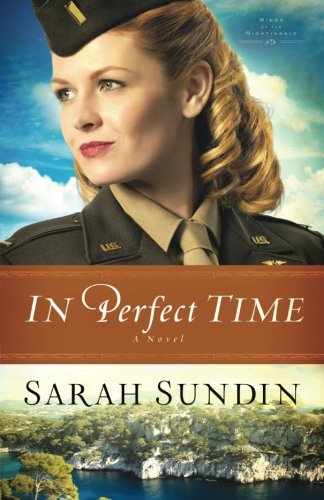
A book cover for In Perfect Time (Wings of the Nightingale); Sarah Sundin; Romance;